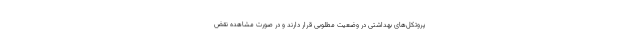
پروتکل‌های بهداشتی در وضعیت مطلوبی قرار دارند و در صورت مشاهده نقض